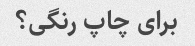
برای چاپ رنگی؟